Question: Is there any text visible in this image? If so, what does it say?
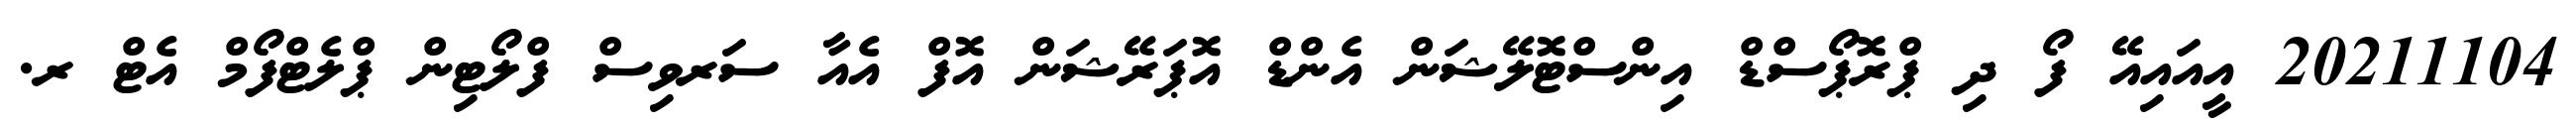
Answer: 20211104 އީއައިއޭ ފޯ ދި ޕްރޮޕޯސްޑް އިންސްޓޮލޭޝަން އެންޑް އޮޕަރޭޝަން އޮފް އެއާ ސަރވިސް ފްލޯޓިން ޕްލެޓްފޯމް އެޓް ރ.